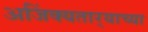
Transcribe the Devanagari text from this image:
अजिंक्यतार्‍याच्या